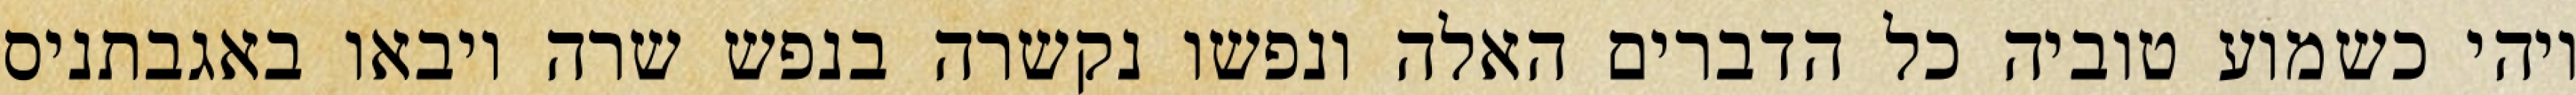
ויהי כשמוע טוביה כל הדברים האלה ונפשו נקשרה בנפש שרה ויבאו באגבתניס